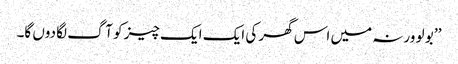
’’ بو لو ورنہ میں اس گھر کی ایک ایک چیز کو آگ لگا دوں گا۔